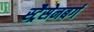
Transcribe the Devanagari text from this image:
स्ट्रैसेनबर्ग